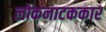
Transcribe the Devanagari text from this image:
लोकनाटककार